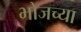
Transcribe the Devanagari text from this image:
भोजच्या